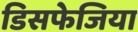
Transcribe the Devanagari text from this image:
डिसफेजिया